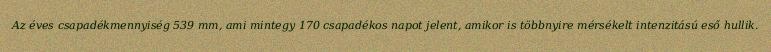
Az éves csapadékmennyiség 539 mm, ami mintegy 170 csapadékos napot jelent, amikor is többnyire mérsékelt intenzitású eső hullik.